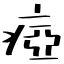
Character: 瘂